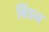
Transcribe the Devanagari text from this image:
बिंडन